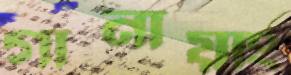
গানায়াং